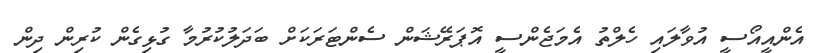
އެންއީއޯސީ އުވާލައި ހެލްތު އެމަޖެންސީ އޮޕަރޭޝަން ސެންޓަރަކަށް ބަދަލުކުރުމާ ގުޅިގެން ކުރިން ދިން